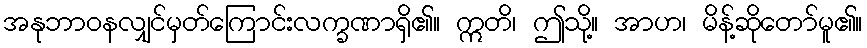
အနုဘာဝနလျှင်မှတ်ကြောင်းလက္ခဏာရှိ၏။ ဣတိ၊ ဤသို့။ အာဟ၊ မိန့်ဆိုတော်မူ၏။